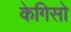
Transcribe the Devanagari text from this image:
केगिसो